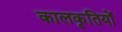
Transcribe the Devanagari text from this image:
कालकृतियों